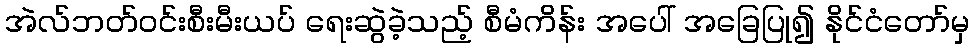
အဲလ်ဘတ်ဝင်းစီးမီးယပ် ရေးဆွဲခဲ့သည့် စီမံကိန်း အပေါ် အခြေပြု၍ နိုင်ငံတော်မှ